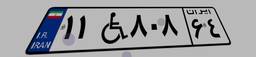
۹۹W۰۸۴۵۴